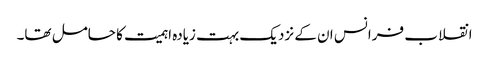
انقلاب فرانس ان کے نزدیک بہت زیادہ اہمیت کا حامل تھا۔